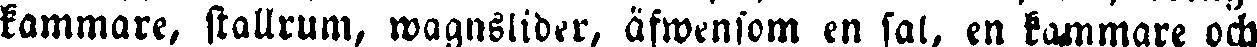
kammare, stallrum, wagnslider, äfwensom en sal, en kammare och